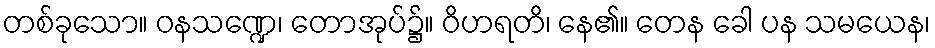
တစ်ခုသော။ ဝနသဏ္ဍေ၊ တောအုပ်၌။ ဝိဟရတိ၊ နေ၏။ တေန ခေါ ပန သမယေန၊